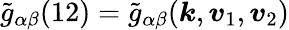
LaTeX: \widetilde{g}_{\alpha\beta}(12)=\widetilde{g}_{\alpha\beta}(\boldsymbol{k},\boldsymbol{v}_{1},\boldsymbol{v}_{2})